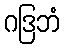
ဂဒြဘံ